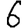
Digit: 6